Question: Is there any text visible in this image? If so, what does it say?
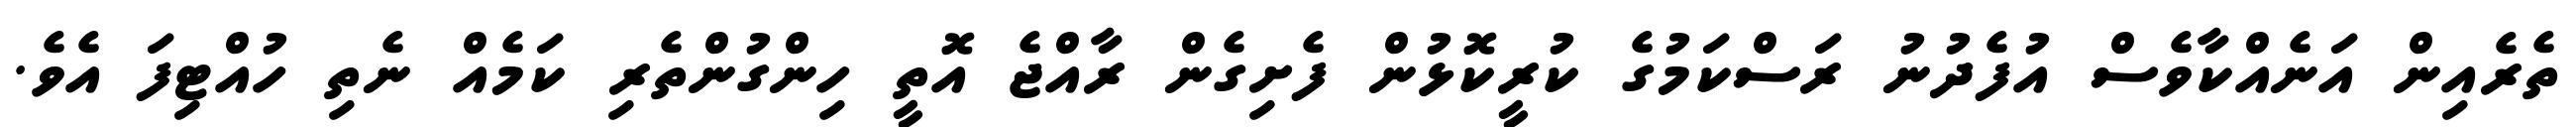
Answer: ތެރެއިން އަނެއްކާވެސް އުފެދުނު ރަސްކަމުގެ ކުރީކޮޅުން ފެށިގެން ރާއްޖެ އޮތީ ހިންގުންތެރި ކަމެއް ނެތި ހުއްޓިފަ އެވެ.